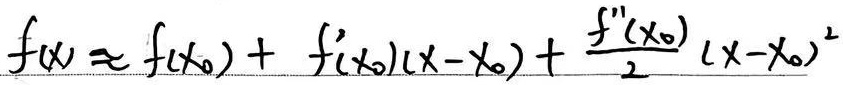
\[f(x)\approx f(x_0)+ f'(x_0)(x - x_0)+\frac{f''(x_0)}{2}(x - x_0)^2\]